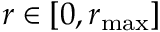
r \in [ 0 , { r } _ { \mathrm { m a x } } ]